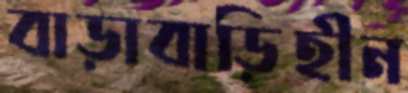
বাড়াবাড়িহীন